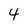
Character: 4